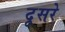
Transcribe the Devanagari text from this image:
दूसरेे